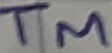
Text: TM